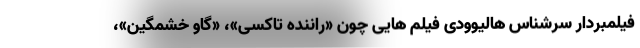
فیلمبردار سرشناس هالیوودی فیلم هایی چون «راننده تاکسی»، «گاو خشمگین»،